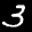
Label: 3